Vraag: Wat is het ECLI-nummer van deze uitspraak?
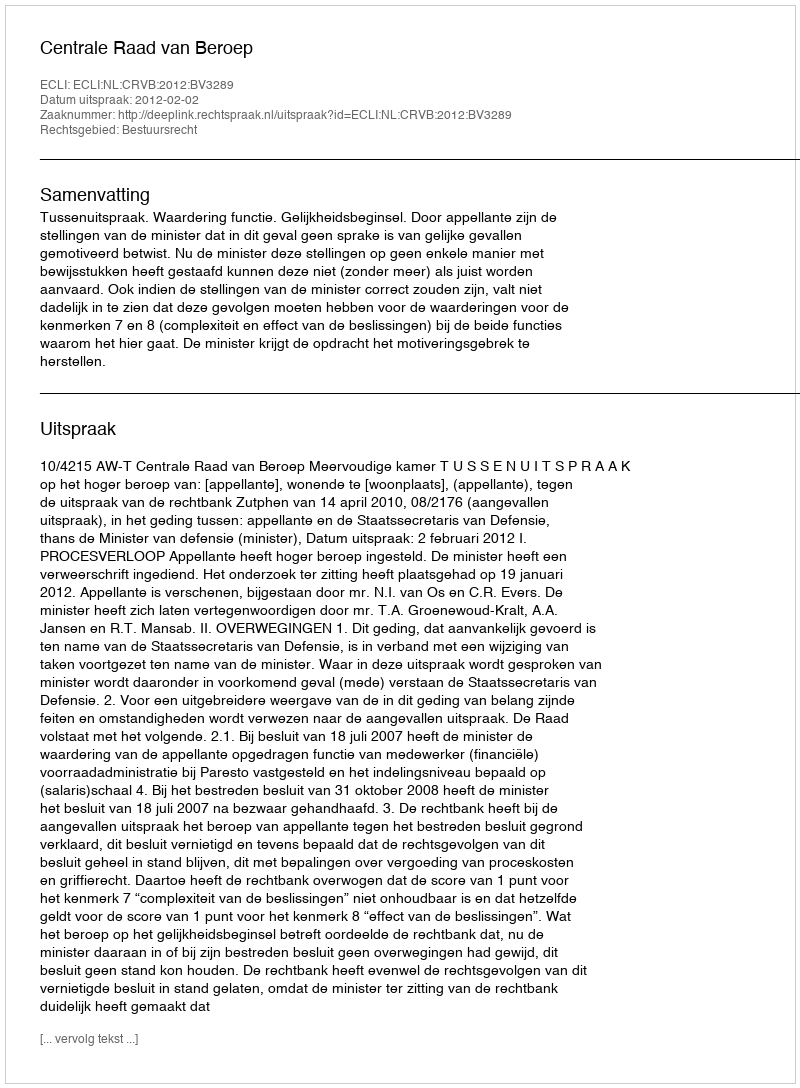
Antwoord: ECLI:NL:CRVB:2012:BV3289